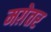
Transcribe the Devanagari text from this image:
मग़ेतर